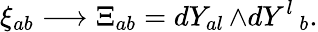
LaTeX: \xi_{ab}\longrightarrow\Xi_{ab}=dY_{al}\, {\wedge}{dY^{l}\, _{b}}.